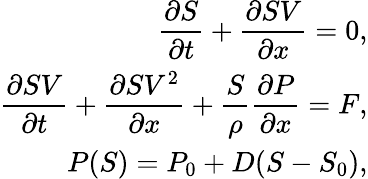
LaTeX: \begin{array}{r}{\displaystyle{\frac{\partial S}{\partial t}}+\displaystyle{\frac{\partial SV}{\partial x}}=0,}\\ {\displaystyle{\frac{\partial SV}{\partial t}}+\displaystyle{\frac{\partial SV^{2}}{\partial x}}+\frac{S}{\rho}\displaystyle{\frac{\partial P}{\partial x}}=F,}\\ {P(S)=P_{0}+D(S-S_{0}),}\end{array}